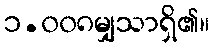
၁.၀၀၈မျှသာရှိ၏။